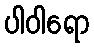
ပါဝါရော